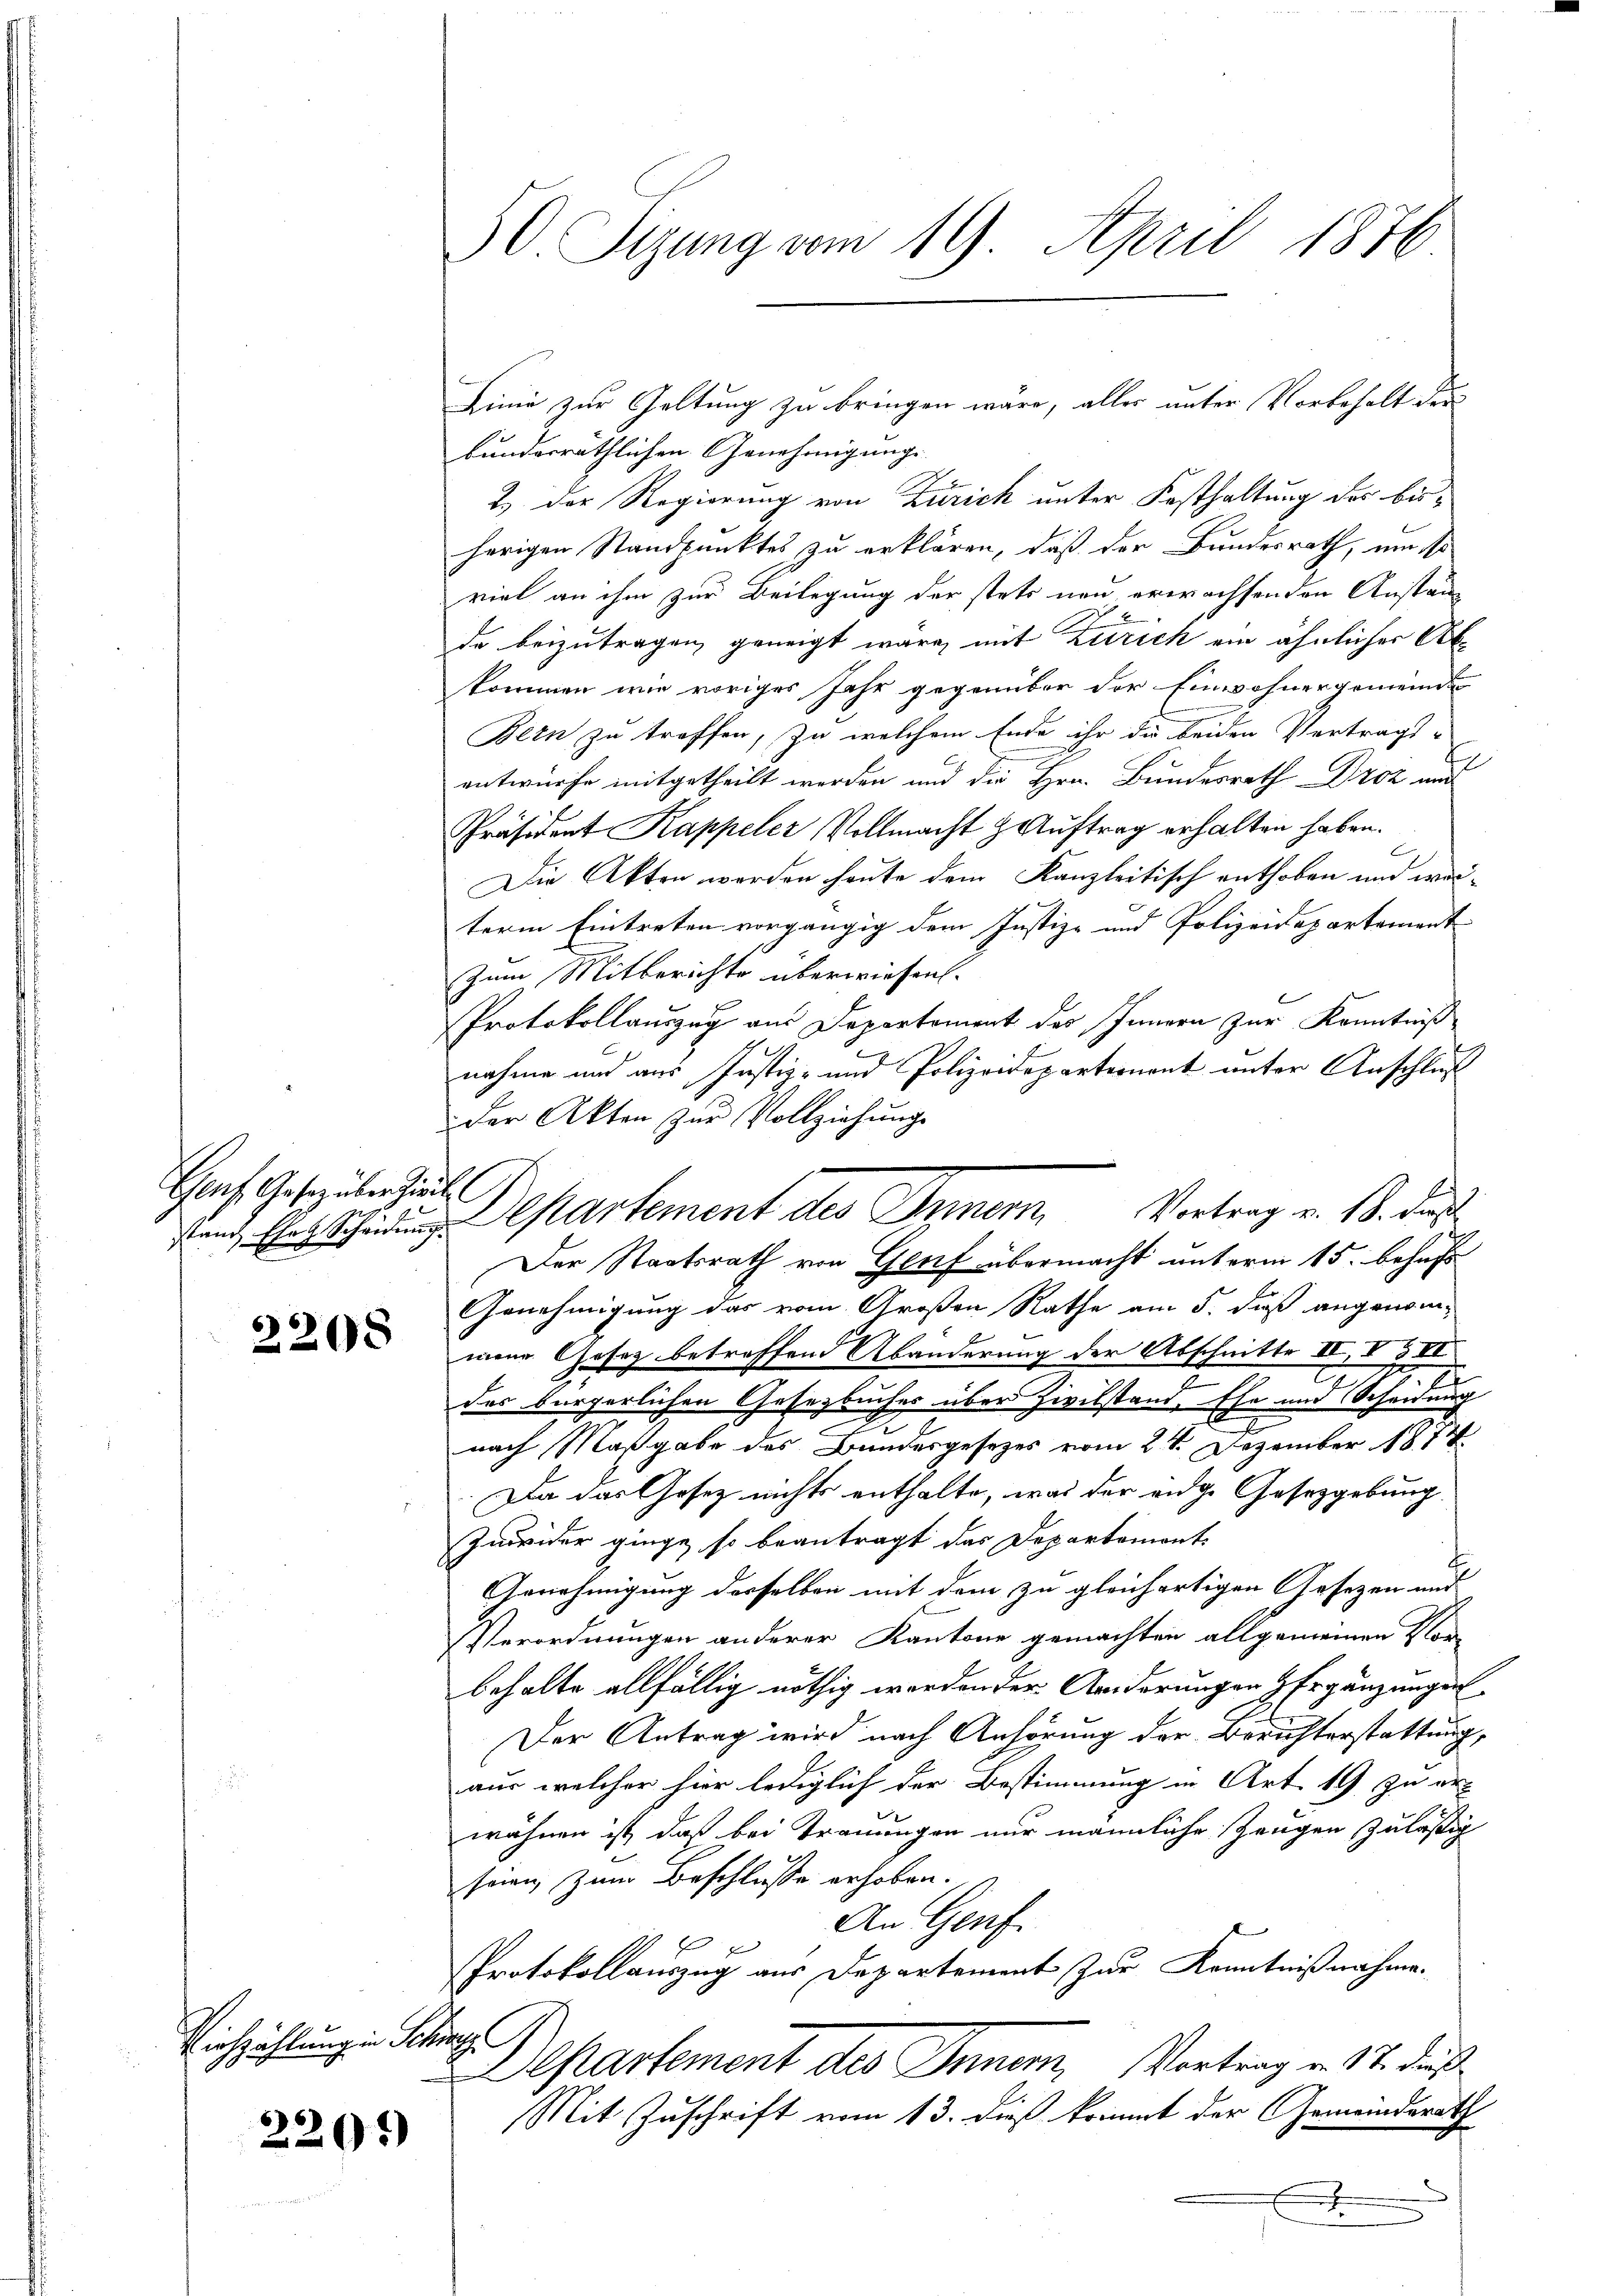
Genf, Gesetz über ziell

2208

Eichzählung in Schrag

2201)

50 Sizung vom 19. April 1876.

Linie zur Geltung zu bringen wäre, alles unter Vorbehalt der
bundesräthlichen Genehmigung
2.) Der Regierung von Zürich unter Festhaltung der bisherigen Standpunktes zu erklären, daß der Bundesrath, um so
viel an ihm zur Beilegung der stets neu erwachsenden Anstän¬
 2
de beizutragen, geneigt wäre, mit Zürich ein ähnlicher Abkommen wie voriges Jahr gegenüber der Einwohnergemeinde
Bern zu treffen, zu welchem Ende ihr die beiden Vertrags-
entwurfe mitgetheilt werden und die Hrn. Bundesrath Droz and
Präsident Kappeler Vollmacht & Auftrag erhalten haben.
s
Die Akten werden heute dem Kanzleitisch enthoben und werterm Eintreten vorgängig dem Justiz- und Polizeidepartement |
Zum Mitberichte überwiesen.
Protokollauszug aus Departement des Innern zur Kenntniß
nahme und aus Justiz- und Polizeideparternant unter Anschluß
der Akten zŭr Vollziehŭng
Genehmigung das vom Großen Rathe am 5. daß angenommene Gesetz betreffend Abänderung der Abschnitte II, I & II
des bürgerlichen Gesetzbuches über Zivilstand. Ehe und Scheidung
g
nach Maßgabe des Bundesgesezes vom 21. Dezember 1874.
Da das Gesetz nichts enthalte, was der eidge Gesetzgebung
Zuwider ginge, so beantragt das Departemont
Genehmigung desselben mit dem zu gleichartigen Gesetzen und
Verordnungen anderer Kantone gemachten allgemeinen Flor
behalte allfällig nöthig werden der Ariderungen Ergänzungen
Der Antrag wird nach Anhörung der Berichterstattung,
aus welcher hier lediglich der Bestimmung in Art. 19 zu er-
wähnen ist, daß bei Trauungen nur männliche Zeugen zuläßig
seien zum Beschlüsse erhoben.
An Genf.
Protokollauszug aus Departement zur Kenntnißnahme.
Departement des Inner, Vortrag u. St. Duß¬
Mit Zuschrift vom 13. dieß kommt der Gemeindsrath

fand Erscheidung Departement des Innern, Vortrag v. B. das
Der Staatsrath von Genf übermacht unterm 15. behufs